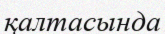
қалтасында